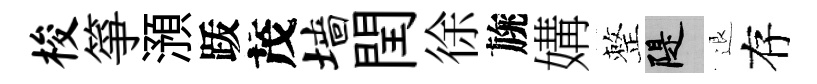
梭箏澦䟦茂墙閏徐旐媾整堤退存